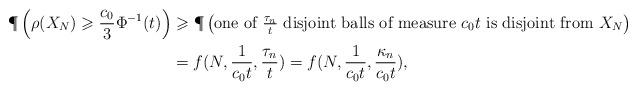
LaTeX: \begin{align*}\P\left(\rho(X_N)\geqslant \frac{c_0}3 \Phi^{-1}(t)\right)&\geqslant \P\left(\mbox{one of $\frac{\tau_n}t$ disjoint balls of measure $c_0t$ is disjoint from $X_N$}\right) \\&= f(N, \frac{1}{c_0t}, \frac{\tau_n}t) = f(N, \frac1{c_0t}, \frac{\kappa_n}{c_0t}),\end{align*}